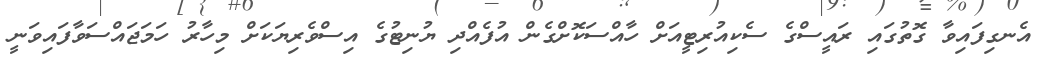
އެނގިފައިވާ ގޮތުގައި ރައީސްގެ ސެކިއުރިޓީއަށް ހާއްސަކޮށްގެން އުފެއްދި ޔުނިޓުގެ އިސްވެރިޔަކަށް މިހާރު ހަމަޖައްސަވާފައިވަނީ